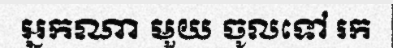
អ្នកណា មួយ ចូលទៅ រក